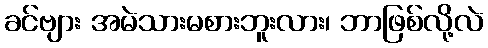
ခင်ဗျား အမဲသားမစားဘူးလား၊ ဘာဖြစ်လို့လဲ